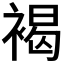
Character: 褐